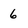
Character: 6